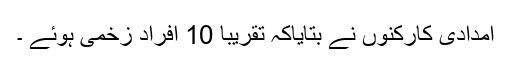
امدادی کارکنوں نے بتایاکہ تقریبا 10 افراد زخمی ہوئے ۔